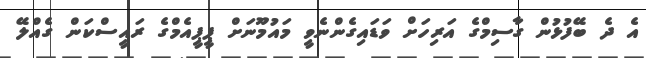
އެ ދެ ބޭފުޅުން ގާސިމްގެ އަރިހަށް ވަޑައިގެންނެވީ މައުމޫނަށް ޕީޕީއެމްގެ ރައީސްކަން ގެއްލޭ